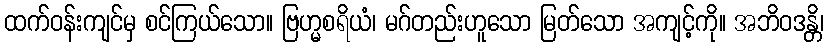
ထက်ဝန်းကျင်မှ စင်ကြယ်သော။ ဗြဟ္မစရိယံ၊ မဂ်တည်းဟူသော မြတ်သော အကျင့်ကို။ အဘိဝဒန္တိ၊